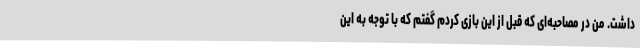
داشت. من در مصاحبه‌ای که قبل از این بازی کردم گفتم که با توجه به این